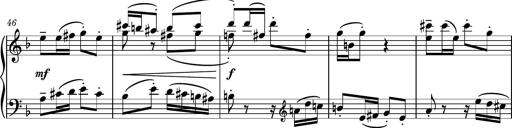
Title: Piano Sonatina No.8
Composer: Dimitri Sykias
Key: F major